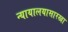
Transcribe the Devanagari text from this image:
न्यायालयासारखा